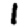
Digit: 1